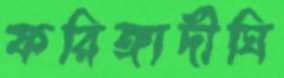
ফরিঙ্গাদীঘি